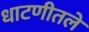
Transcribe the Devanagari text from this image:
धाटणीतले